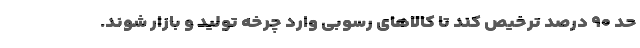
حد ۹۰ درصد ترخیص کند تا کالا‌های رسوبی وارد چرخه تولید و بازار شوند.